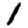
Digit: 1